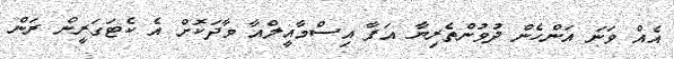
އެއް ވަނަ އަންހެން ދުވުންތެރިޔާ އަފާ އިސްމާއީލްއާ ވާދަކޮށް އެ ކެޓަގަރީން ރަން